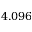
4 . 0 9 6